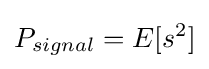
P_{signal}=E[s^{2}]